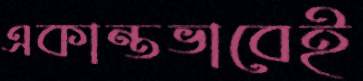
একান্তভাবেই